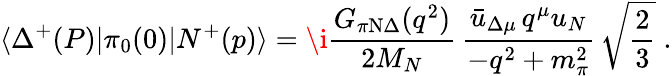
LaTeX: \langle\Delta^{+}(P)|\pi_{0}(0)|N^{+}(p)\rangle=\i{\frac{G_{\pi\mathrm{N}\Delta}(q^{2})}{2M_{N}}}\, {\frac{\bar{u}_{\Delta\mu}\, q^{\mu}u_{N}}{-q^{2}+m_{\pi}^{2}}}\, \sqrt{\frac{2}{3}}\; .